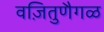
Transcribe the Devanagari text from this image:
वज़ितुणैगळ